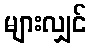
များလျှင်